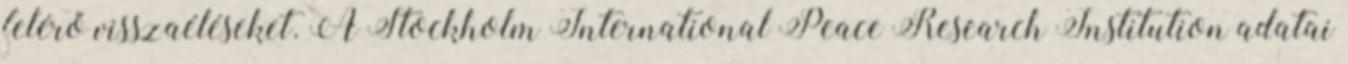
felérő visszaéléseket. A Stockholm International Peace Research Institution adatai